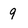
Character: 9